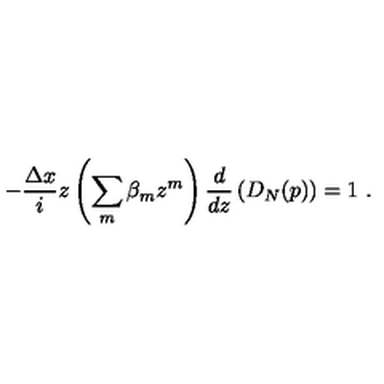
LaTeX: - { \frac { \Delta x } { i } } z \left( \sum _ { m } \beta _ { m } z ^ { m } \right) { \frac { d } { d z } } \left( D _ { N } ( p ) \right) = 1 \ .